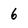
Character: 6